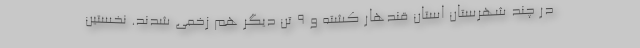
در چند شهرستان استان قندهار کشته و ۹ تن دیگر هم زخمی شدند. نخستین